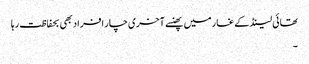
تھائی لینڈ کے غار میں پھنسے آخری چار افراد بھی بحفاظت رہا
۔